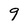
Character: 9